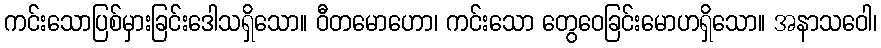
ကင်းသောပြစ်မှားခြင်းဒေါသရှိသော။ ဝီတမောဟော၊ ကင်းသော တွေဝေခြင်းမောဟရှိသော။ အနာသဝေါ၊